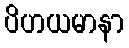
ပိဟယမာနာ